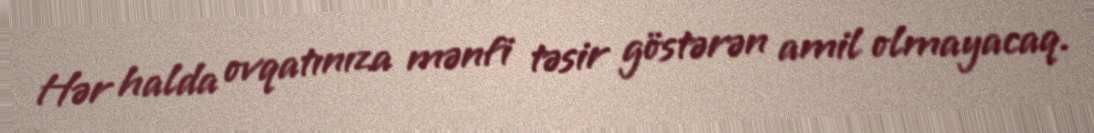
Hər halda ovqatınıza mənfi təsir göstərən amil olmayacaq.